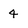
Character: 4